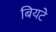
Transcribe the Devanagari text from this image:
बियटे